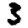
Digit: 3